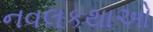
નવલકથાઓ